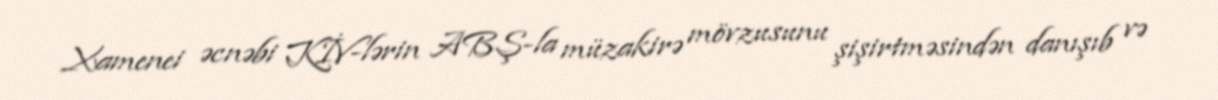
Xamenei əcnəbi KİV-lərin ABŞ-la müzakirə mövzusunu şişirtməsindən danışıb və